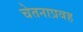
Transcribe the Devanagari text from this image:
चेतनाप्रवह